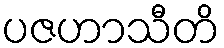
ပဇဟာသီတိ